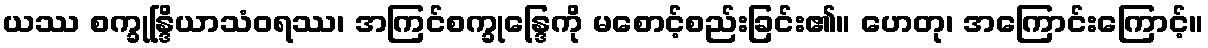
ယဿ စက္ခုန္ဒြိယာသံဝရဿ၊ အကြင်စက္ခုန္ဒြေကို မစောင့်စည်းခြင်း၏။ ဟေတု၊ အကြောင်းကြောင့်။